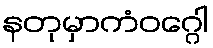
နတုမှာကံဝဂ္ဂေါ